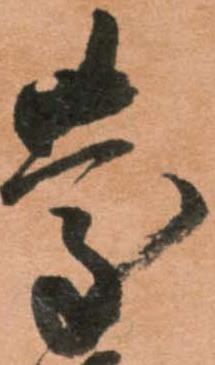
慶